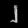
Digit: ၂